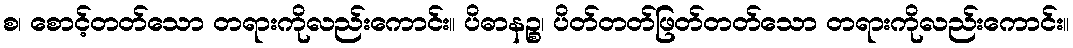
စ၊ စောင့်တတ်သော တရားကိုလည်းကောင်း။ ပိဓာနဉ္စ၊ ပိတ်တတ်ဖြတ်တတ်သော တရားကိုလည်းကောင်း။